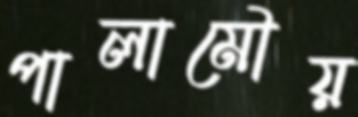
পালামৌয়